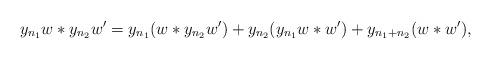
LaTeX: \begin{align*} &y_{n_1} w \ast y_{n_2} w' = y_{n_1} ( w\ast y_{n_2} w') + y_{n_2}(y_{n_1} w\ast w') + y_{n_1+n_2} (w \ast w'),\end{align*}